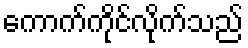
ကောက်ကိုင်လိုက်သည်